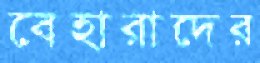
বেহারাদের